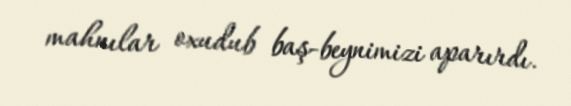
mahnılar oxudub baş-beynimizi aparırdı.